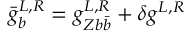
\bar { g } _ { b } ^ { L , R } = g _ { Z b \bar { b } } ^ { L , R } + \delta g ^ { L , R }